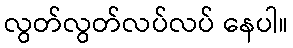
လွတ်လွတ်လပ်လပ် နေပါ။